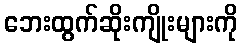
ဘေးထွက်ဆိုးကျိုးများကို